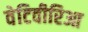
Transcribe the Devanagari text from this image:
वेटिवीरिआ